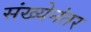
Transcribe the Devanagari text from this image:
संख्येनंतर